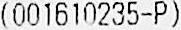
(001610235-P)